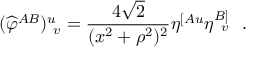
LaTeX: ( { \widehat \varphi } ^ { A B } ) _ { ~ v } ^ { u } = { \frac { 4 \sqrt { 2 } } { ( x ^ { 2 } + \rho ^ { 2 } ) ^ { 2 } } } \eta ^ { [ A u } \eta _ { ~ \, v } ^ { B ] } ~ ~ .